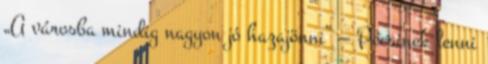
„A városba mindig nagyon jó hazajönni” — Pécsinek lenni